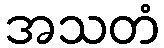
အသတံ